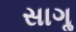
સાગૢ